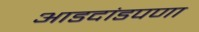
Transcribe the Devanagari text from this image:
आडदांडपणा